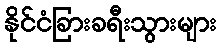
နိုင်ငံခြားခရီးသွားများ